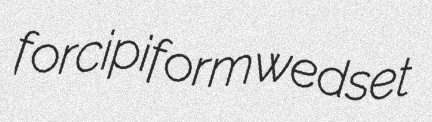
forcipiform wedset